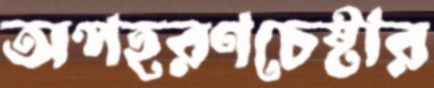
অপহরণচেষ্টার